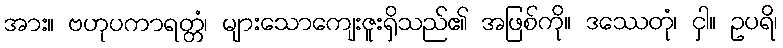
အား။ ဗဟုပကာရတ္တံ၊ များသောကျေးဇူးရှိသည်၏ အဖြစ်ကို။ ဒဿေတုံ၊ ငှါ။ ဥပရိ၊